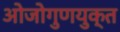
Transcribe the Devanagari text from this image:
ओजोगुणयुक्त